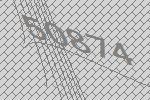
50874